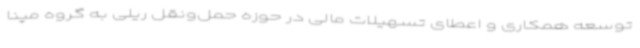
توسعه همکاری و اعطای تسهیلات مالی در حوزه حمل‌ونقل ریلی به گروه مپنا